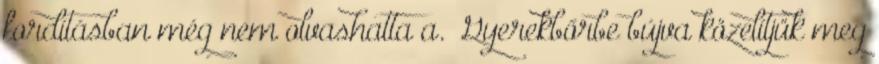
fordításban még nem olvashatta a. „Gyerekbőrbe bújva közelítjük meg